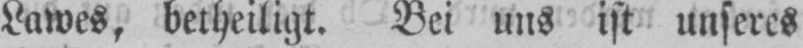
Lawes, betheiligt. Bei uns ist unseres